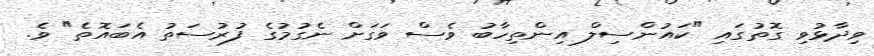
ވިދާޅުވި ގޮތުގައި "ކައުންސިލް އިންތިހާބު ވެސް ވަގަށް ނެގުމުގެ ފުރުސަތު އެބައޮތެ" ވެ.